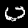
Label: 0